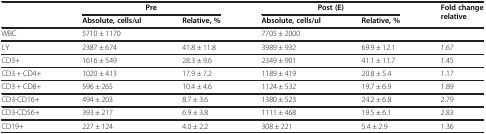
| <ROWSPAN=2>  | <COLSPAN=2> Pre | <COLSPAN=2> Post (E) | <ROWSPAN=2> Fold change relative |
 | Absolute, cells/ul | Relative, % | Absolute, cells/ul | Relative, % |
 | --- | --- | --- | --- | --- | --- |
 | WBC | 5710 ± 1170 |  | 7705 ± 2000 |  |  |
 | LY | 2387 ± 674 | 41.8 ± 11.8 | 3989 ± 932 | 69.9 ± 12.1 | 1.67 |
 | СD3+ | 1616 ± 549 | 28.3 ± 9.6 | 2349 ± 901 | 41.1 ± 11.7 | 1.45 |
 | СD3 + CD4+ | 1020 ± 413 | 17.9 ± 7.2 | 1189 ± 419 | 20.8 ± 5.4 | 1.17 |
 | СD3 + CD8+ | 596 ± 265 | 10.4 ± 4.6 | 1124 ± 532 | 19.7 ± 6.9 | 1.89 |
 | СD3-CD16+ | 494 ± 203 | 8.7 ± 3.6 | 1380 ± 523 | 24.2 ± 6.8 | 2.79 |
 | СD3-CD56+ | 393 ± 217 | 6.9 ± 3.8 | 1111 ± 468 | 19.5 ± 6.1 | 2.83 |
 | CD19+ | 227 ± 124 | 4.0 ± 2.2 | 308 ± 221 | 5.4 ± 2.9 | 1.36 |